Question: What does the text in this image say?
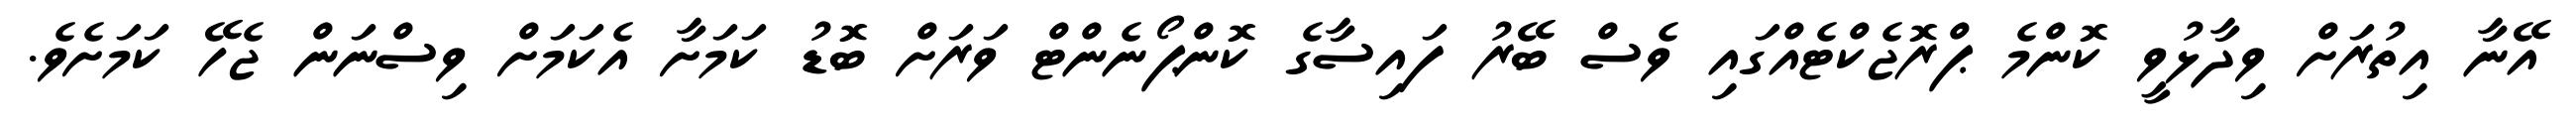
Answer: އޭނާ އިތުރަށް ވިދާޅުވީ ކޮންމެ ޕްރޮޖެކްޓެއްގައި ވެސް ބޭރު ފައިސާގެ ކޮންޕޯނެންޓް ވަރަށް ބޮޑު ކަމަށާ އެކަމަށް ވިސްނަން ޖެހޭ ކަމަށެވެ.